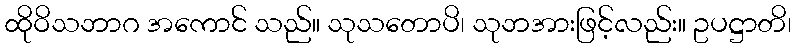
ထိုဝိသဘာဂ အကောင် သည်။ သုသတောပိ၊ သုဘအားဖြင့်လည်း။ ဥပဋ္ဌာတိ၊